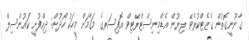
ޤާނޫނީގޮތުން ގެޒެޓްކުރެވޭ ލިޔުން އެޑްމިނިސްޓްރޭޓިވް އޮފިސަރގެ މަޤާމަށް މީހަކު ހޯދުން: ދިއްފުށީ ކައުންސިލް